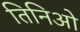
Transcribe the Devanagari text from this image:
तिनिओ